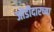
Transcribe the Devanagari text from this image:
जोडीदारच्या